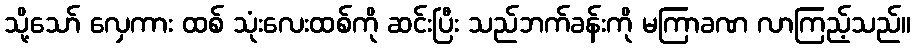
သို့သော် လှေကား ထစ် သုံးလေးထစ်ကို ဆင်းပြီး သည်ဘက်ခန်းကို မကြာခဏ လာကြည့်သည်။